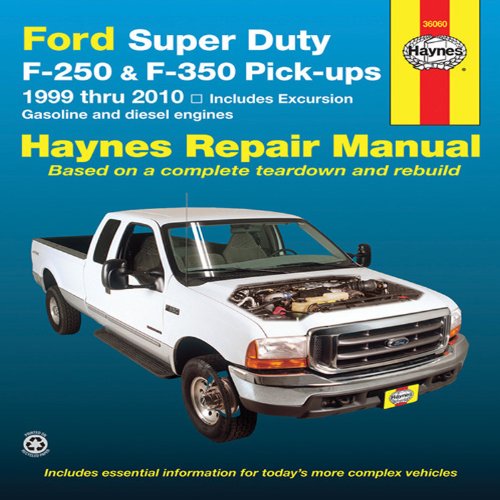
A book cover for Ford Super Duty F-250 & F-350 Pick-ups 1999 Thru 2010: Includes Gasoline and Diesel Engines (Haynes Repair Manual); J.J. Haynes; Engineering & Transportation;